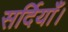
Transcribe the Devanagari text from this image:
सर्दियाँ।